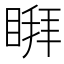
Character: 𱳄